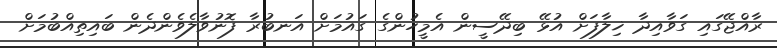
ރާއްޖޭގައި ގަވާއިދާ ޚިލާފަށް އުޅޭ ބިދޭސީން އެމީހުންގެ ގައުމަށް އަނބުރާ ފޮނުވާލެވެންދެން ބައިތިއްބުމަށް